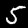
Label: 5